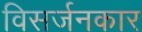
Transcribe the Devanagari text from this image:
विसर्जनकार